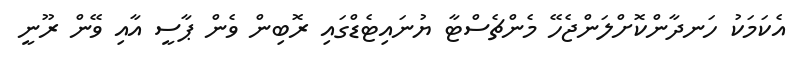
އެކަމަކު ހަނދާންކޮށްލަންޖެހޭ މެންޗެސްޓާ ޔުނައިޓެޑްގައި ރޮބިން ވެން ޕާސީ އާއި ވޭން ރޫނީ